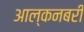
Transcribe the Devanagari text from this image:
आल्कनबरी